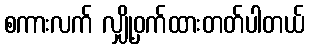
စကားလက် လျှို့ဝှက်ထားတတ်ပါတယ်